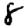
Digit: 8